system: You are a helpful assistant.
user:
Analyze the provided spectrum to determine if it is a **White Dwarf (WD)**.

A White Dwarf spectrum is defined by its **extreme purity** (due to gravitational settling) and/or **extreme pressure broadening** (due to high surface gravity). You must check for one of the following mutually exclusive signatures:

- **Key Visual Indicators (Check for ONE of these types):**

    - **1. DA-Type Signature (Most Common):**
        - **(Primary Feature):** Extreme pressure broadening (Stark broadening) of the **Hydrogen (H) Balmer lines**.
        - **(Key Lines):** $H\beta$ (approx. $4861$ Å) and $H\gamma$ (approx. $4340$ Å). $H\alpha$ (approx. $6563$ Å) will also be present if the wavelength range covers it.
        - **(Line Profile):** This is the **defining feature**. The lines are **NOT** sharp. They appear as massive, **extremely broad and deep "troughs" or "dips"** in the spectrum, often hundreds of Ångströms wide. The continuum will appear to "scoop" down at these wavelengths.
        - **(Distinction):** Normal A-type or B-type stars have *narrow* and *sharp* Hydrogen lines. A DA White Dwarf's lines are unmistakably "smeared" or "blurry" from pressure.

    - **2. DB-Type Signature:**
        - **(Primary Feature):** Broad absorption lines from **Neutral Helium (He I)**. The spectrum must lack any visible Hydrogen lines.
        - **(Key Lines):** Look for broad absorption near $4471$ Å, $4921$ Å, and $5876$ Å.
        - **(Line Profile):** These lines are also significantly pressure-broadened, appearing much wider than they would in a normal B-type main-sequence star.

    - **3. DC-Type Signature:**
        - **(Primary Feature):** A **featureless continuous spectrum**.
        - **(Line Profile):** The spectrum is a smooth curve with **no significant absorption or emission lines**.
        - **(Key Confirmation):** The continuum is almost always **blue or white**, indicating a hot object. This signature implies the atmosphere is so pure (or so cool) that no spectral lines are visible in the optical range. Its WD identity is confirmed by its extremely low intrinsic brightness (high absolute magnitude).

    - **4. DZ-Type Signature (Metal-Polluted):**
        - **(Primary Feature):** **Isolated, narrow metal absorption lines** on an otherwise featureless (DC-like) continuum.
        - **(Key Lines):** The **Calcium (Ca II) H & K doublet** (approx. **$3934$ Å** and **$3968$ Å**) is the most common and defining feature.
        - **(Line Profile):** These lines are "out of place." They are *not* part of a "forest" of thousands of lines. This signature is evidence of recent *accretion* (pollution) from rocky debris.
        - **(Distinction):** Normal G/K/M stars have a *dense forest* of thousands of metal lines. A DZ has a *clean* continuum with *only a few* strong metal lines.

    - **5. DQ-Type Signature (Carbon-Polluted):**
        - **(Primary Feature):** Absorption bands from **Carbon (C₂ "Swan Bands" or atomic C I)**.
        - **(Key Lines - C₂):** Look for bandheads with a "saw-tooth" shape near $5635$ Å, **$5165$ Å** (strongest), and $4737$ Å.
        - **(Key Confirmation):** The underlying **continuum must be blue or white** (hot).
        - **(Distinction):** This is the critical difference from a **Carbon Star**, which has the *exact same* C₂ bands but on an extremely **red, cool** continuum.

- **(Overall Spectrum):**
    - The continuum (overall shape) is typically **blue-sloping** (brighter in the blue than the red), as most white dwarfs are very hot.
    - The spectrum will look "pure" or "simple," dominated by only *one* of the five signatures listed above.

Think first, call **spectral_visualization_tool** if needed to examine features in detail, then provide your final answer. Your response must adhere to the following strict rules:
1.  **Overall Structure:** Your response must follow the format `<think>...</think> <tool_call>...</tool_call> (if a tool is used) <answer>...</answer>`.
2.  **Tool Usage Constraint:** You may only make **one** tool call per turn.
3.  **Final Answer Format:** In the `<answer>` tag, your conclusion must be inside a `\boxed{}` command (e.g., `\boxed{YES}` or `\boxed{NO}`), followed by your justification.

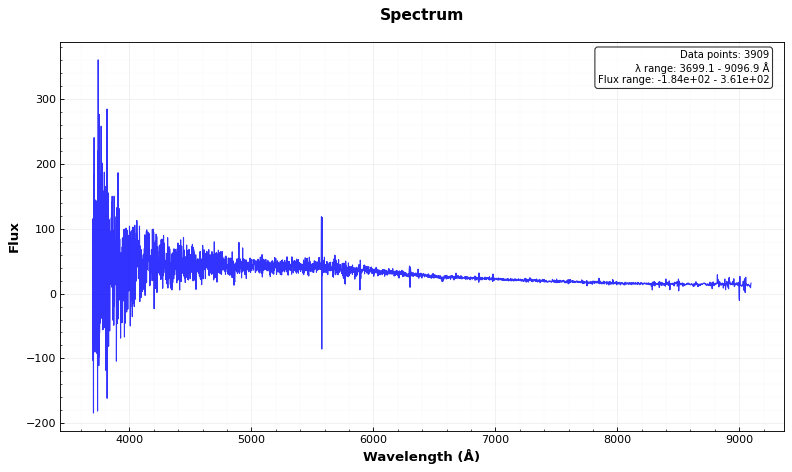
Answer: NO